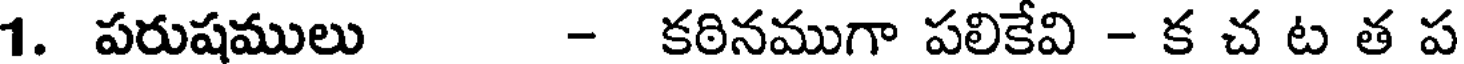
1. పరుషములు - కఠినముగా పలికేవి - క చ ట త ప